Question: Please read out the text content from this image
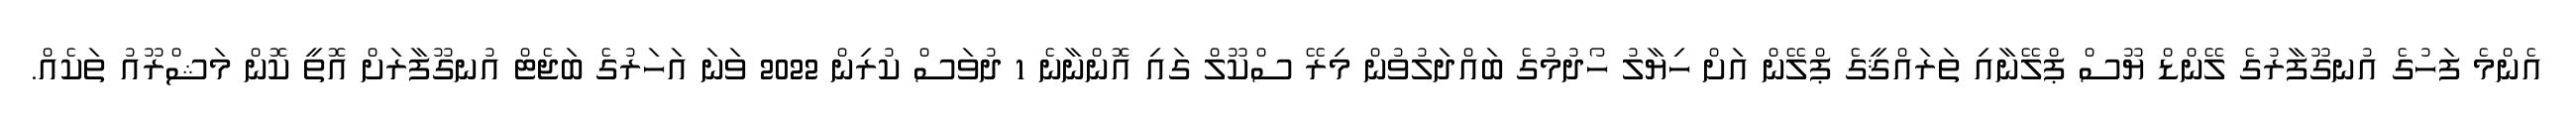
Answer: އެންމެ ފަހުގެ އުނގޫފާރުގެ ލޭންޑް ޔޫސް ޕްލޭނާއި ތަރައްޤީގެ ޕްލޭން އަށް ހިޔާލު ހޯދުމުގެ ބައްދަލުވުން މިރޭ ސްކޫލް ގައި އޮންނާނެ 1 ދުވަސް ކުރިން 2022 ވަނަ އަހަރުގެ ބަޖެޓް އުނގޫފާރަށް އޮތީ ކޮން މަޝްރޫއު ތަކެއް.